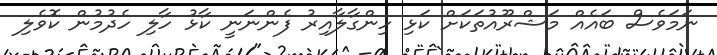
ނަމަވެސް ބައެއް މަޝްރޫއުތަކަށް ކަޅި ހިންގާލާއިރު ފެންނަނީ ކާޅު ހާލި ހެދުމުން ކޮވެލި